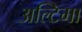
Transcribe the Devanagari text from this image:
अल्टिमा